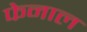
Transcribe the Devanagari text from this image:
फेनाल